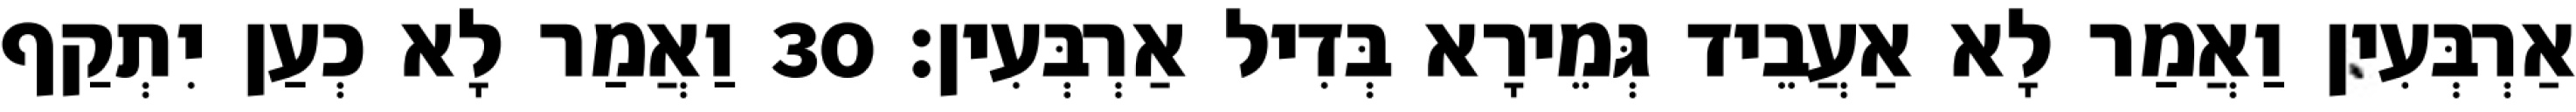
אַרְבְּעִין וַאֲמַר לָא אַעֲבֵיד גְּמֵירָא בְּדִיל אַרְבְּעִין׃ 30 וַאֲמַר לָא כְעַן יִתְקַף